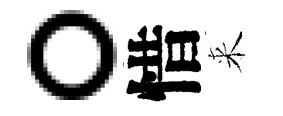
。惜来